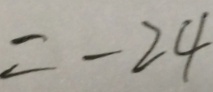
= - 2 4